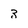
Character: 3